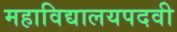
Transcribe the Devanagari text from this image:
महाविद्यालयपदवी